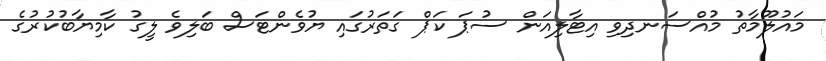
މައުލޫމާތު މުއްސަނދިވި އިޓާލިއަން ސުޕަ ކަޕް ގަތަރުގައި ޔުވެންޓަސް ބަލިވެ ލީގު ކާމިޔާބުކުރުގެ